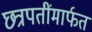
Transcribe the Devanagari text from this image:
छत्रपतींमार्फत